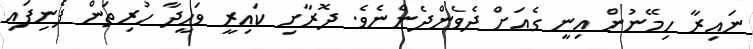
ނައިރާ ހިމޭނުން އިނީ ގެއަށް ދެވެންދެންނެވެ. ދޮރާށި ކައިރީ ވަހީދާ ހުރިތަން ފެނިފައި